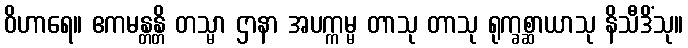
ဝိဟာရေ။ ဧကမန္တန္တိ တသ္မာ ဌာနာ အပက္ကမ္မ တာသု တာသု ရုက္ခစ္ဆာယာသု နိသီဒိံသု။